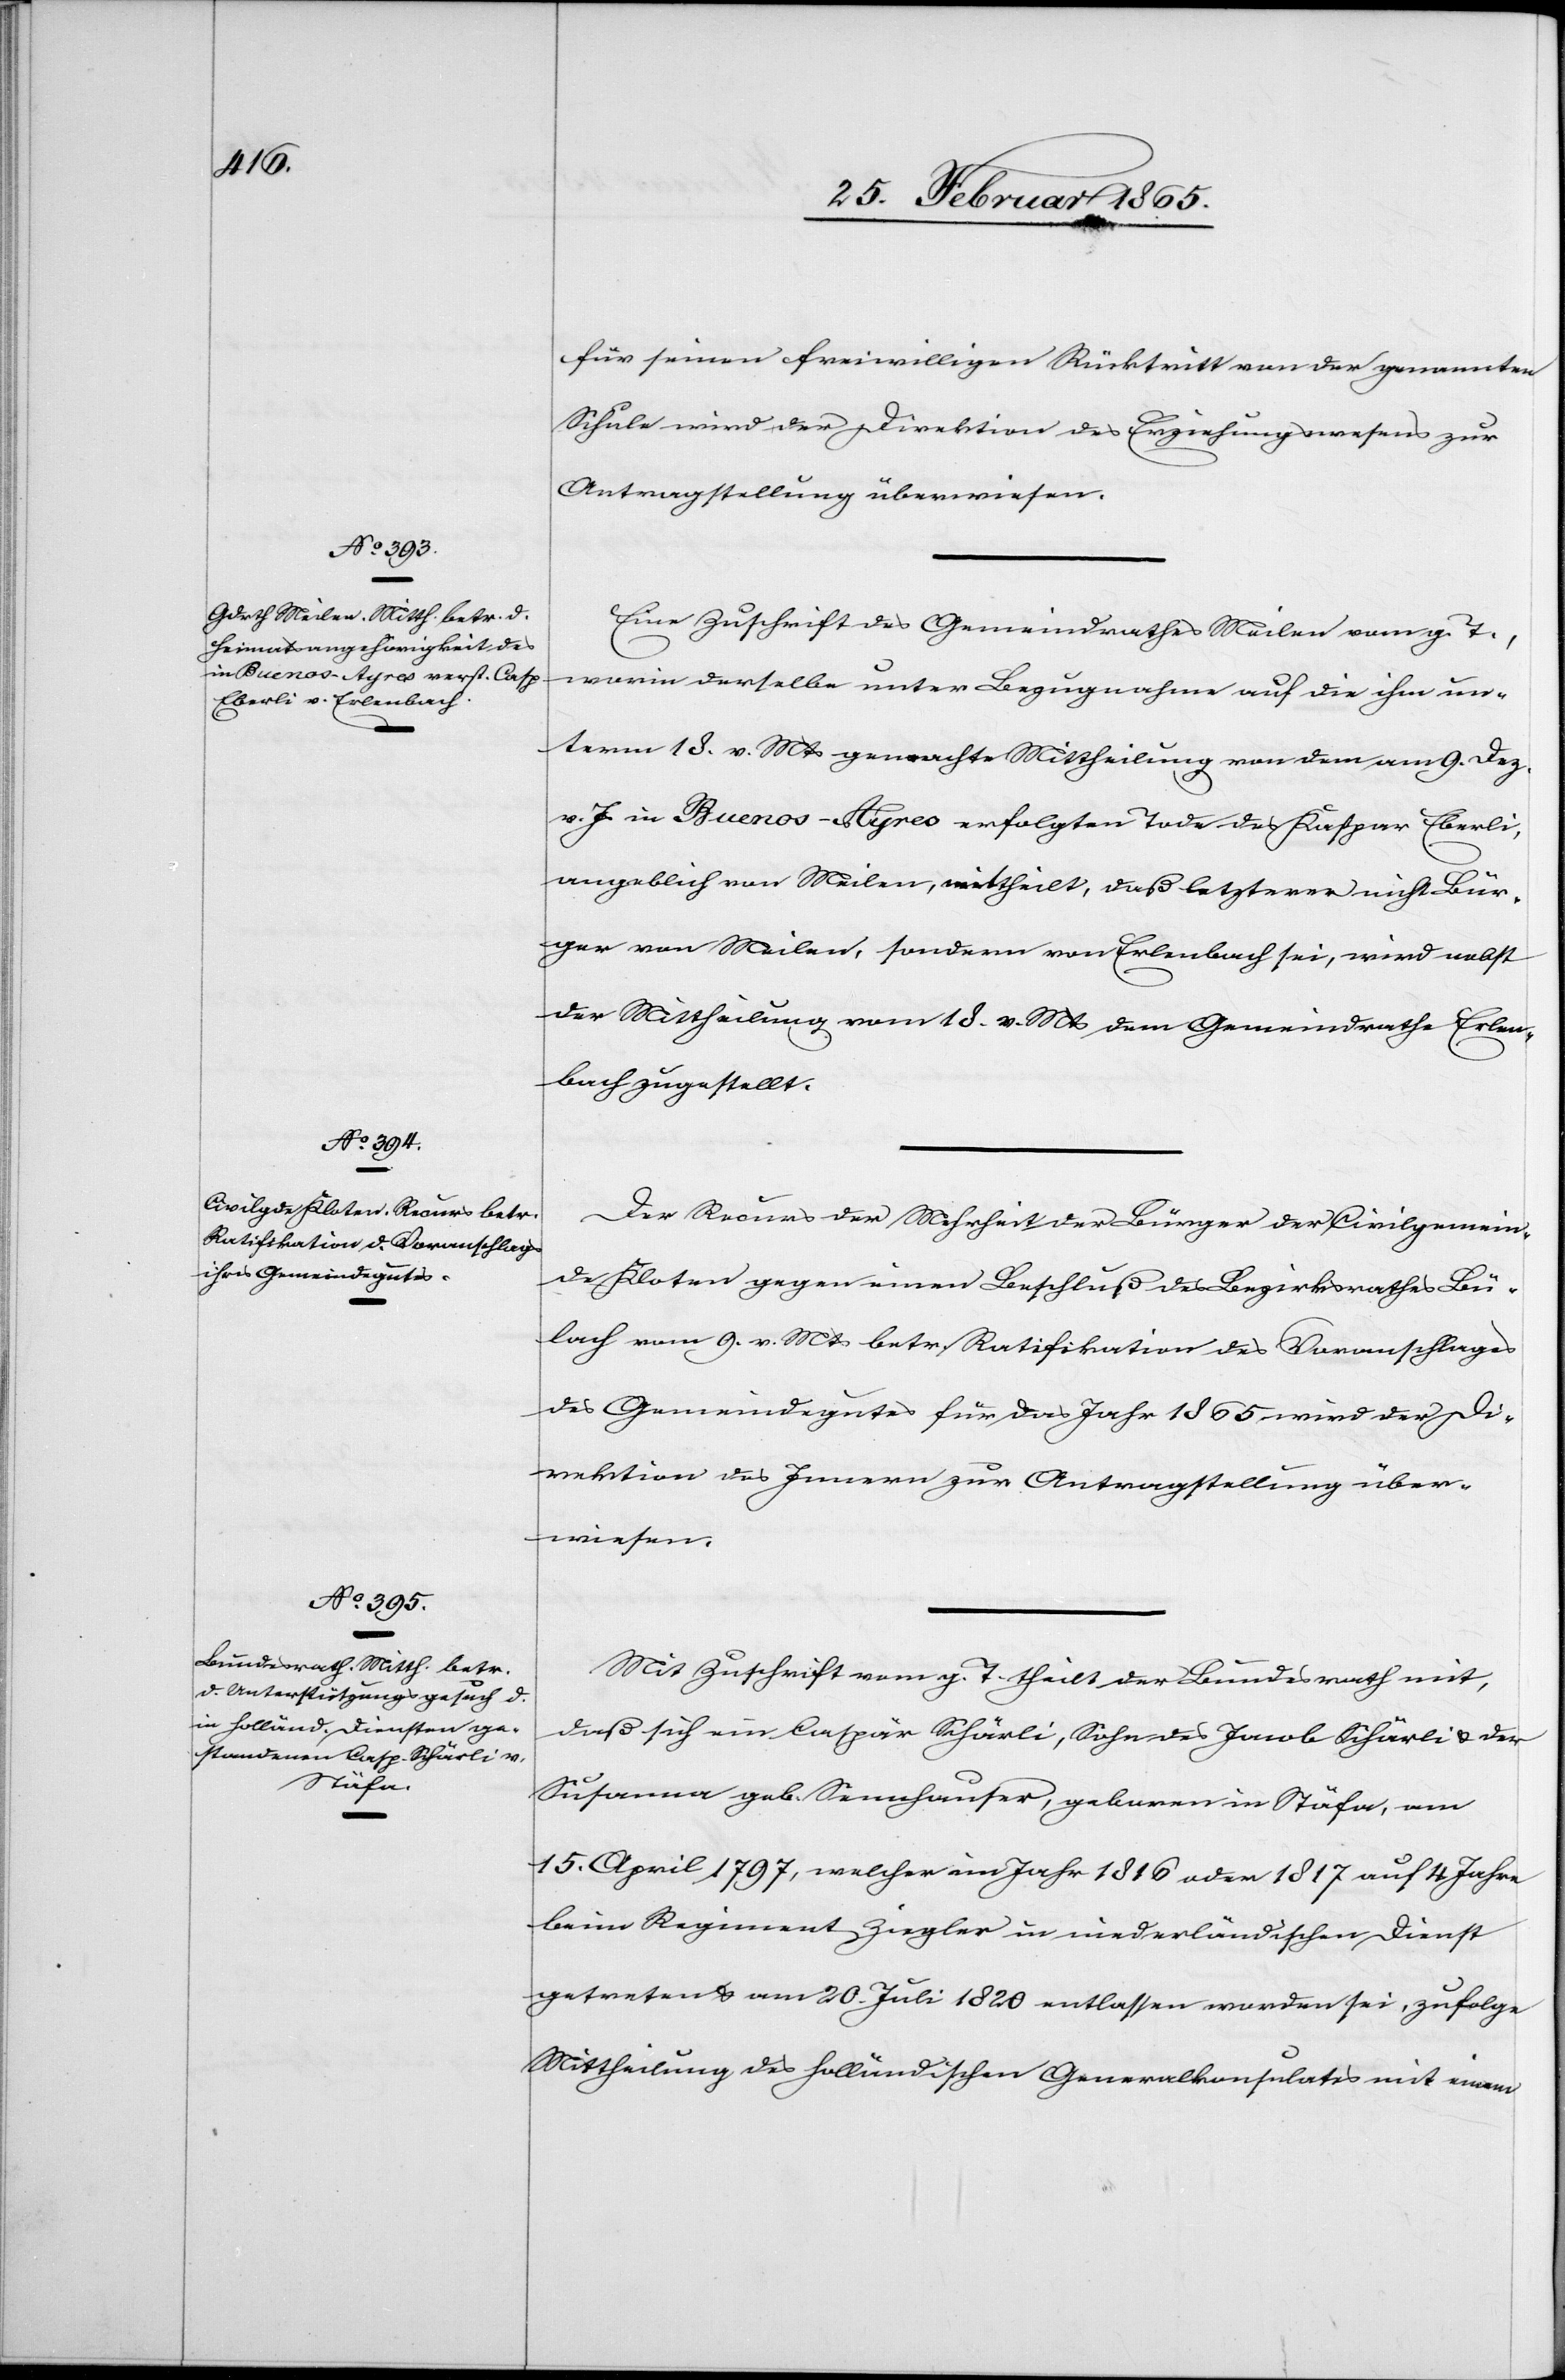
für seinen freiwilligen Rücktritt von der genannten
Schule wird der Direktion des Erziehungswesens zur
Antragstellung überwiesen.
Eine Zuschrift des Gemeindrathes Meilen vom g. T.,
worin derselbe unter Bezugnahme auf die ihm un¬
term 18. v. Mts gemachte Mittheilung von dem am 9. Dez.
v. J. in Buenos-Ayres erfolgten Tode des Kaspar Eberli,
angeblich von Meilen, mittheilt, daß letzterer nicht Bür¬
ger von Meilen, sondern von Erlenbach sei, wird nebst
der Mittheilung vom 18. v. Mts dem Gemeindrathe Erlen¬
bach zugestellt.
Der Recurs der Mehrheit der Bürger der Civilgemein¬
de Kloten gegen einen Beschluß des Bezirksrathes Bü¬
lach vom 9. v. Mts betr. Ratifikation des Voranschlages
des Gemeindegutes für das Jahr 1865 wird der Di¬
rektion des Innern zur Antragstellung über¬
wiesen.
Mit Zuschrift vom g. T. theilt der Bundesrath mit,
daß sich ein Caspar Schärli, Sohn des Jacob Schärli u. der
Susanna geb. Sennhauser, geboren in Stäfa, am
15. April 1797, welcher im Jahr 1816 oder 1817 auf 4 Jahre
beim Regiment Ziegler in niederländischen Dienst
getreten u. am 20. Juli 1820 entlassen worden sei, zufolge
Mittheilung des holländischen Generalkonsulates mit einem